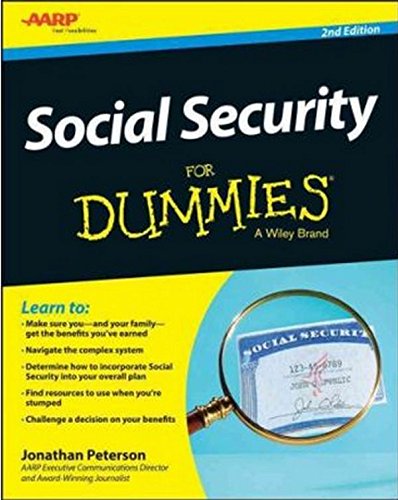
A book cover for Social Security For Dummies; Jonathan Peterson; Business & Money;